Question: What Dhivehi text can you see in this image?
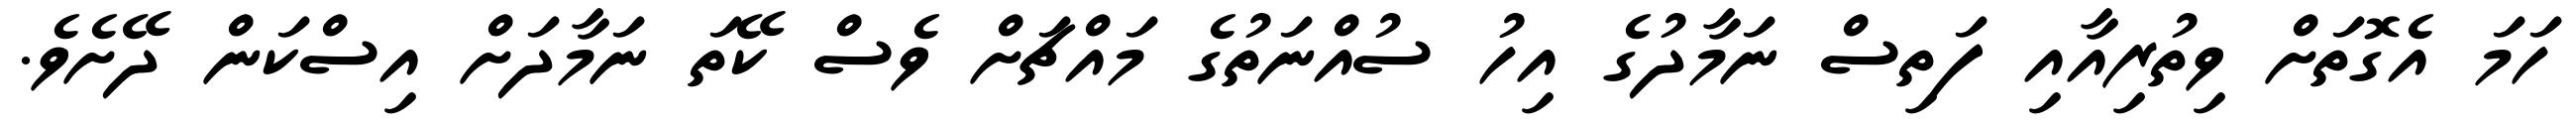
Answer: ހަމަ އެގޮތަށް ވިތުރިއާއި ފަތިސް ނަމާދުގެ އިހު ސުއްނަތުގެ މައްޗަށް ވެސް ކޭތަ ނަމާދަށް އިސްކަން ދޭށެވެ.